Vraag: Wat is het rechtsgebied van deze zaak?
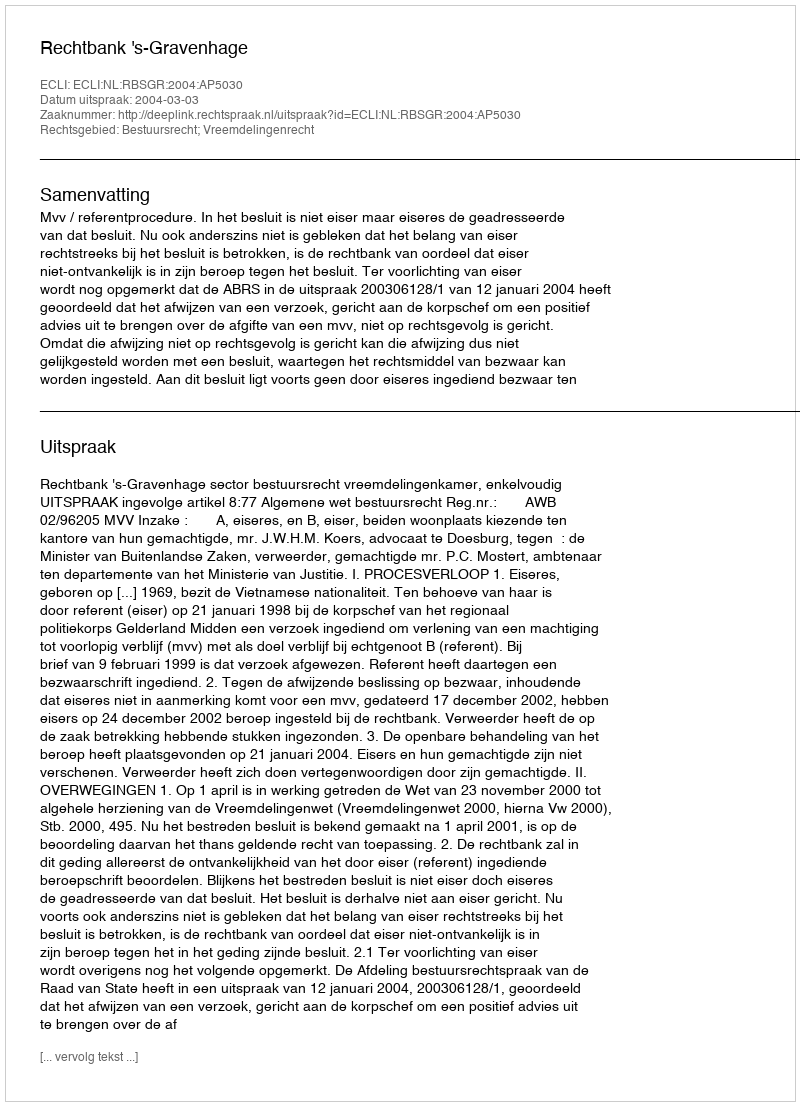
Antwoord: Bestuursrecht; Vreemdelingenrecht